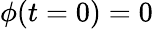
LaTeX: \phi(t=0)=0